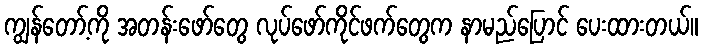
ကျွန်တော့်ကို အတန်းဖော်တွေ လုပ်ဖော်ကိုင်ဖက်တွေက နာမည်ပြောင် ပေးထားတယ်။